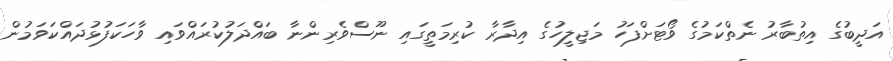
އަދީބުގެ އިތުބާރު ނެތްކަމުގެ ވޯޓަށްފަހު މަޖިލީހުގެ އިދާރާ ކުރިމަތީގައި ނޫސްވެރިންނާ ބައްދަލުކުރައްވައި ވާހަކަފުޅުދައްކަވަމުން